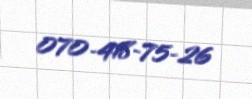
070-418-75-26